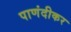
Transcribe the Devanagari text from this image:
पाणंदीकर